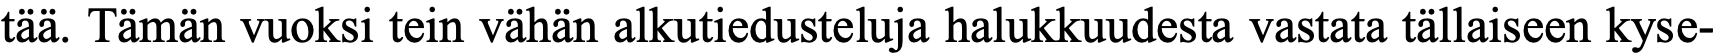
tää. Tämän vuoksi tein vähän alkutiedusteluja halukkuudesta vastata tällaiseen kyse-